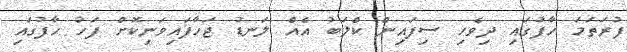
ފުރަތަމަ ހާފުުގައި ދިވެހި ސިފައިން ކްލަބު އެއް ލަނޑު ޖަހާފައިވަނިކޮށް ފަހު ހާފުގައި